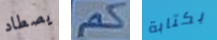
يصطاد كم بكتابة